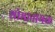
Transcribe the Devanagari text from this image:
शोभानायक